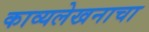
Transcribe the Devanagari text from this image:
काव्यलेखनाचा